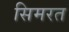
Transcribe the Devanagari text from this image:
सिमरत